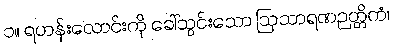
၁။ ရဟန်းလောင်းကို ခေါ်သွင်းသော ဩသာရဏဉတ္တိကံ၊